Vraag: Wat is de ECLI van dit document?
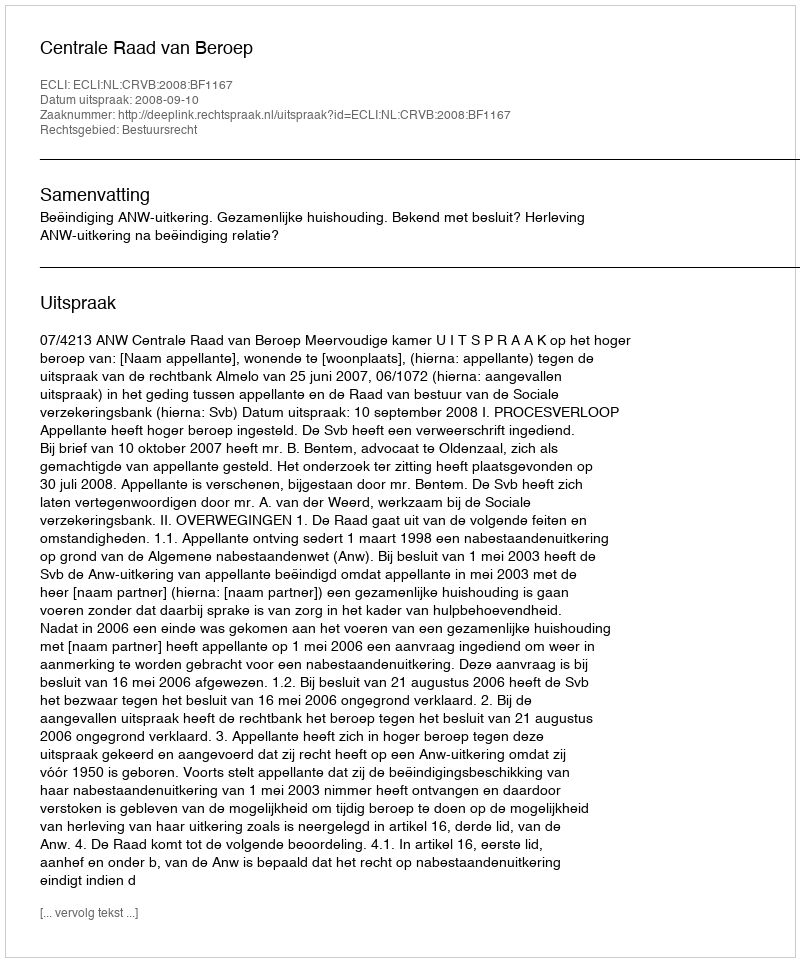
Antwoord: ECLI:NL:CRVB:2008:BF1167